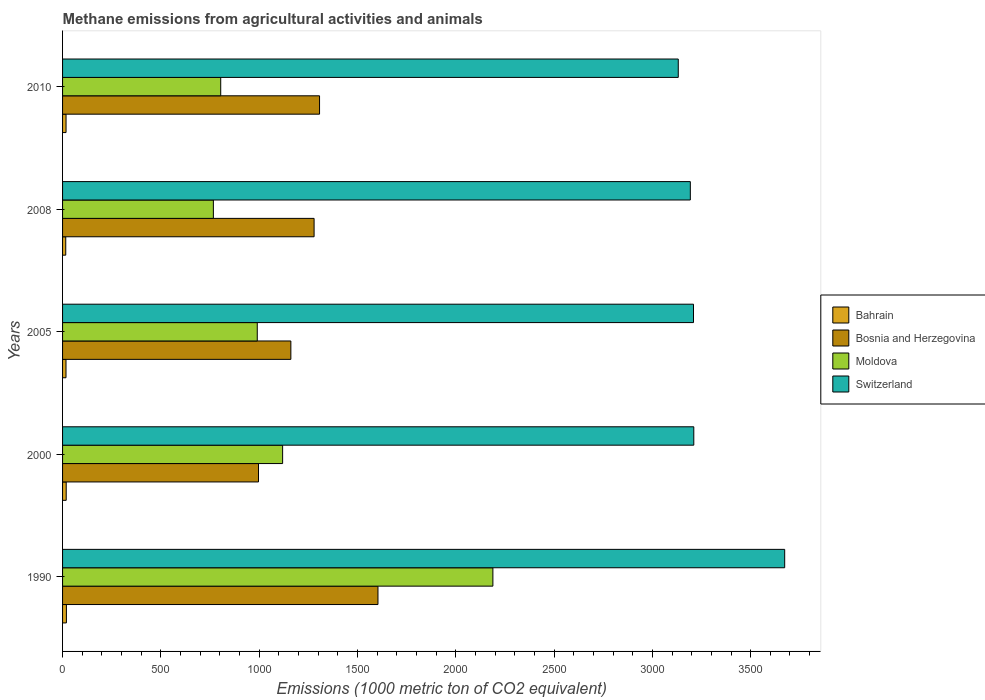
| Years | Bahrain | Bosnia and Herzegovina | Moldova | Switzerland |
 | --- | --- | --- | --- | --- |
 | 1990 | 19.5 | 1.6e+03 | 2.19e+03 | 3.67e+03 |
 | 2000 | 18.5 | 997 | 1.12e+03 | 3.21e+03 |
 | 2005 | 17.5 | 1.16e+03 | 990 | 3.21e+03 |
 | 2008 | 16.2 | 1.28e+03 | 767 | 3.19e+03 |
 | 2010 | 17.7 | 1.31e+03 | 804 | 3.13e+03 |